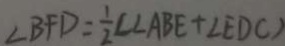
\angle B F D = \frac { 1 } { 2 } \angle A B E + \angle E D C )